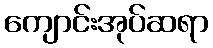
ကျောင်းအုပ်ဆရာ